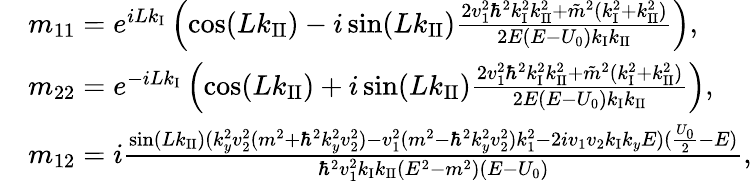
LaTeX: \begin{array}{rl}&{m_{11}=e^{iLk_{\operatorname{I}}}\left(\cos(Lk_{\operatorname{II}})-i\sin(Lk_{\operatorname{II}})\frac{2v_{1}^{2}\hbar^{2}k_{\operatorname{I}}^{2}k_{\operatorname{II}}^{2}+\tilde{m}^{2}(k_{\operatorname{I}}^{2}+k_{\operatorname{II}}^{2})}{2E(E-U_{0})k_{\operatorname{I}}k_{\operatorname{II}}}\right),}\\ &{m_{22}=e^{-iLk_{\operatorname{I}}}\left(\cos(Lk_{\operatorname{II}})+i\sin(Lk_{\operatorname{II}})\frac{2v_{1}^{2}\hbar^{2}k_{\operatorname{I}}^{2}k_{\operatorname{II}}^{2}+\tilde{m}^{2}(k_{\operatorname{I}}^{2}+k_{\operatorname{II}}^{2})}{2E(E-U_{0})k_{\operatorname{I}}k_{\operatorname{II}}}\right),}\\ &{m_{12}=i\frac{\sin(Lk_{\operatorname{II}})(k_{y}^{2}v_{2}^{2}(m^{2}+\hbar^{2}k_{y}^{2}v_{2}^{2})-v_{1}^{2}(m^{2}-\hbar^{2}k_{y}^{2}v_{2}^{2})k_{1}^{2}-2iv_{1}v_{2}k_{\operatorname{I}}k_{y}E)(\frac{U_{0}}{2}-E)}{\hbar^{2}v_{1}^{2}k_{\operatorname{I}}k_{\operatorname{II}}(E^{2}-m^{2})(E-U_{0})},}\end{array}